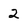
Character: 2